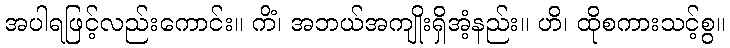
အပါရဖြင့်လည်းကောင်း။ ကိံ၊ အဘယ်အကျိုးရှိအံ့နည်း။ ဟိ၊ ထိုစကားသင့်စွ။